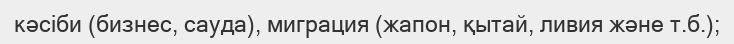
кәсіби (бизнес, сауда), миграция (жапон, қытай, ливия және т.б.);